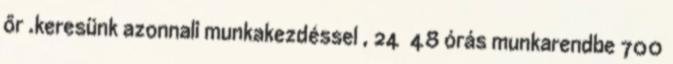
őr .keresünk azonnali munkakezdéssel , 24 48 órás munkarendbe 700